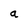
Character: a